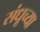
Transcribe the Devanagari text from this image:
संधूच्या